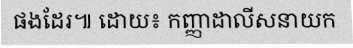
ផងដែរ៕ ដោយ៖ កញ្ញាដាលីសនាយក